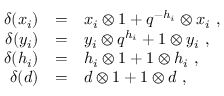
\begin{array} { r c l } { { \delta ( x _ { i } ) } } & { { = } } & { { x _ { i } \otimes 1 + q ^ { - h _ { i } } \otimes x _ { i } \ , } } \\ { { \delta ( y _ { i } ) } } & { { = } } & { { y _ { i } \otimes q ^ { h _ { i } } + 1 \otimes y _ { i } \ , } } \\ { { \delta ( h _ { i } ) } } & { { = } } & { { h _ { i } \otimes 1 + 1 \otimes h _ { i } \ , } } \\ { { \delta ( d ) } } & { { = } } & { { d \otimes 1 + 1 \otimes d \ , } } \end{array}